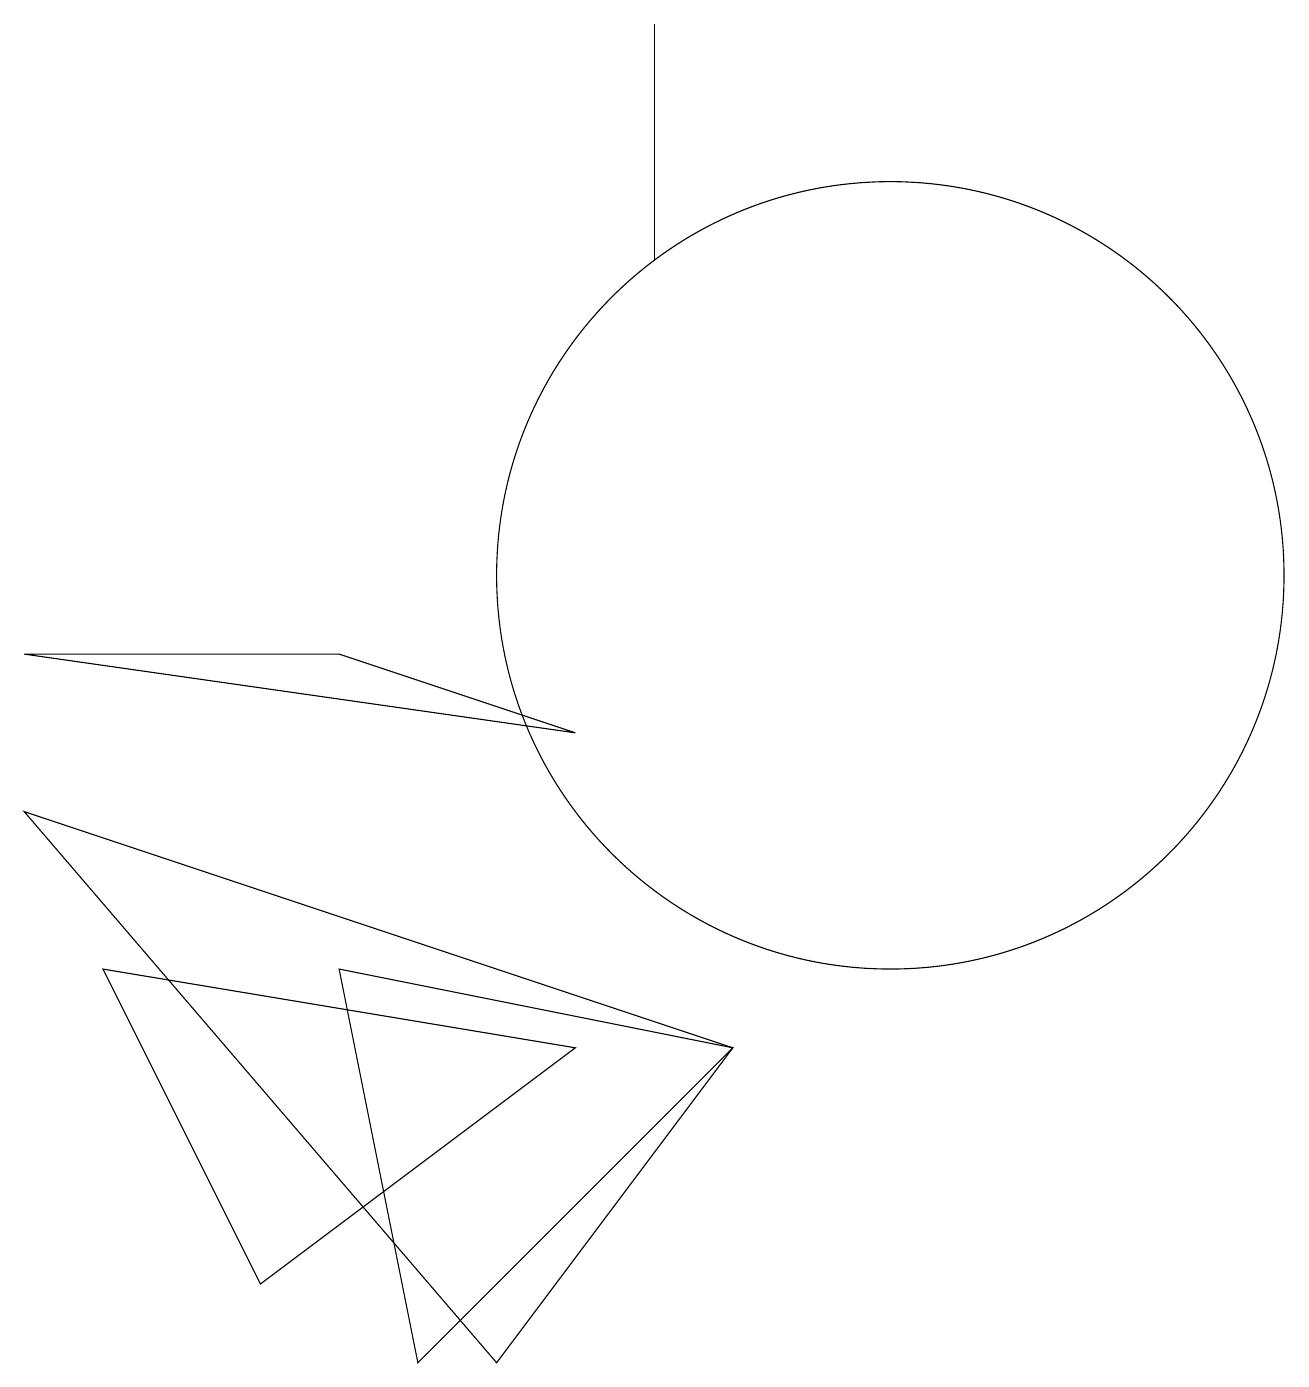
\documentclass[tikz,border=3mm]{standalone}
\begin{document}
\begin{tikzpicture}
\draw (4,5) -- (9,4) -- (5,0) -- cycle;
\draw (1,5) -- (7,4) -- (3,1) -- cycle;
\draw (0,9) -- (4,9) -- (7,8) -- cycle;
\draw (9,4) -- (0,7) -- (6,0) -- cycle;
\draw (10,11) circle (0);
\draw (8,17) rectangle (8,14);
\draw (11,10) circle (5);
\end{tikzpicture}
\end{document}